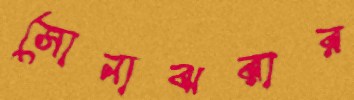
সোনাঝরার